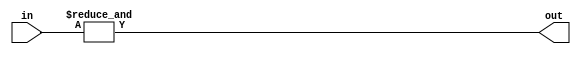
module EightInputAndGate(
    input [7:0] in,
    output out
);

assign out = &in;

endmodule